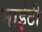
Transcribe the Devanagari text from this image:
माईटी